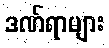
ဒဏ်ရာများ